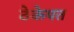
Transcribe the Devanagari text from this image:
ठेकेपत